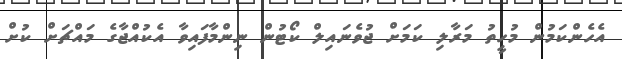
އެހެންކަމުން މުހީތު މަރާލި ކަމަށް ޖުވެނައިލް ކޯޓުން ނިންމާފައިވާ އެކުއްޖާގެ މައްޗަށް ކުށް